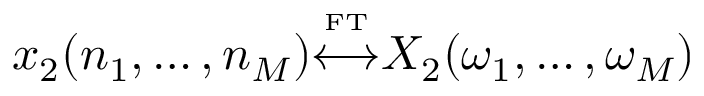
x _ { 2 } ( n _ { 1 } , \ldots , n _ { M } ) { \overset { \underset { \mathrm { F T } } { } } { \longleftrightarrow } } X _ { 2 } ( \omega _ { 1 } , \ldots , \omega _ { M } )